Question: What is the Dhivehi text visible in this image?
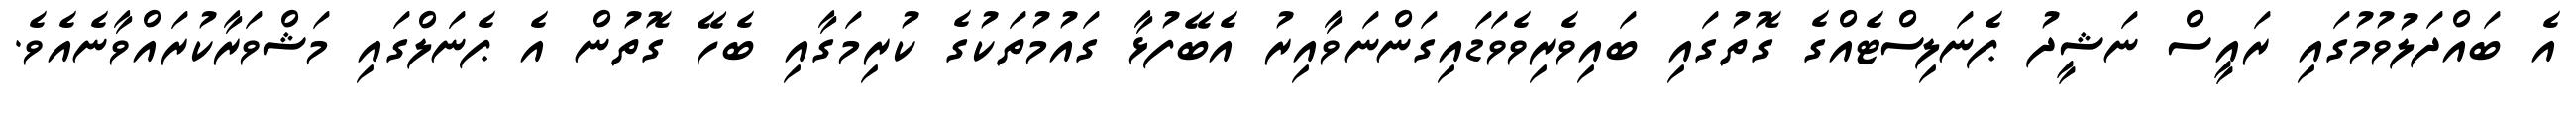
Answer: އެ ބައްދަލުވުމުގައި ރައީސް ނަޝީދު ޕެނަލިސްޓެއްގެ ގޮތުގައި ބައިވެރިވެވަޑައިގަންނަވާއިރު އެބޭފުޅާ ގައުމުތަކުގެ ކުރިމަގާއި ބެހޭ ގޮތުން އެ ޕެނަލްގައި މަޝްވަރާކުރައްވާނެއެވެ.